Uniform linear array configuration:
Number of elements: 64
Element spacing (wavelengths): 0.5
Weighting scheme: kaiser
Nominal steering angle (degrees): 45
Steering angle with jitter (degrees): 46.144
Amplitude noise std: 0.05
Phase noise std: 0.05

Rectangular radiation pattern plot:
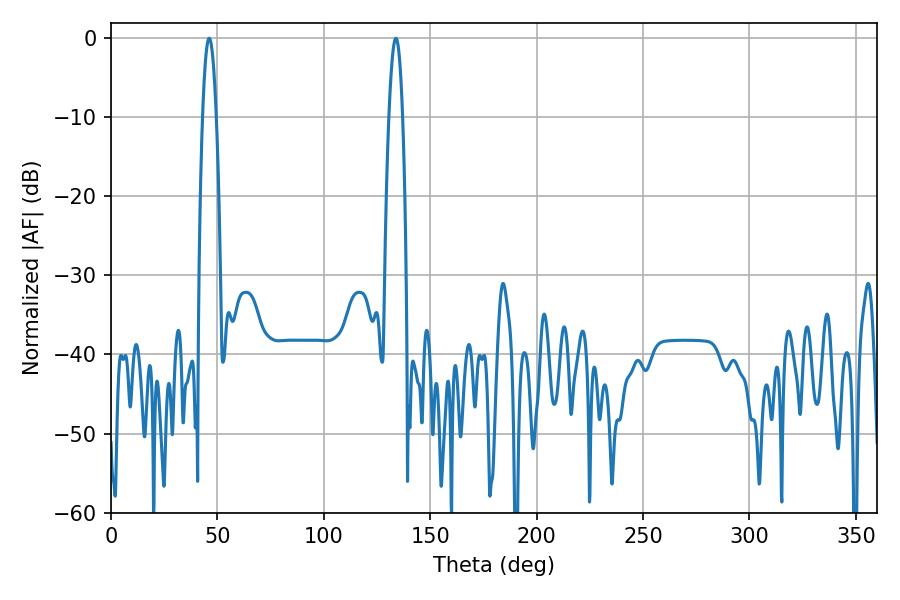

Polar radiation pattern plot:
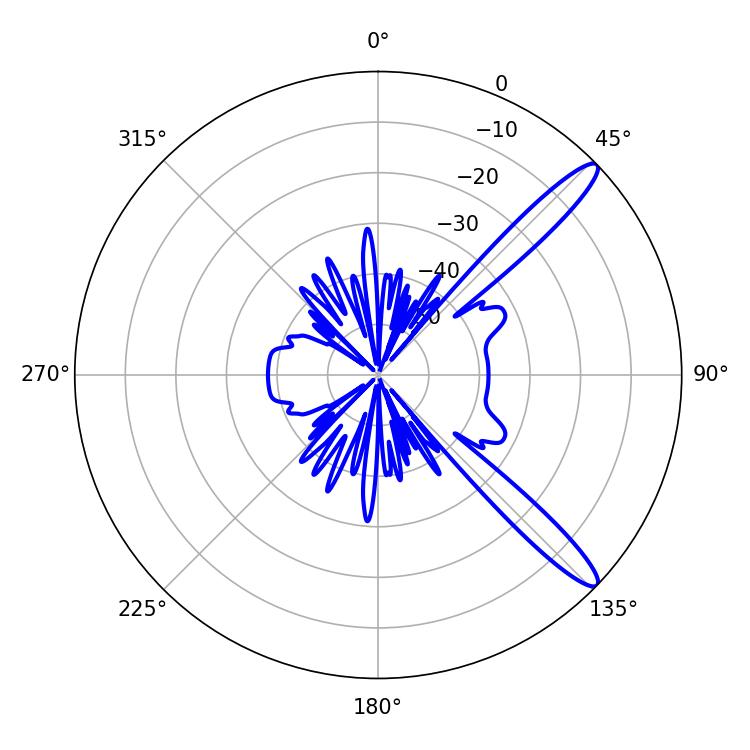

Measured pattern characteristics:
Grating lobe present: FALSE
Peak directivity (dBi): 13.137
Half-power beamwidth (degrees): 3.42
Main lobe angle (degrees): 46.08